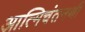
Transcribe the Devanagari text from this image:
आत्मिचंतनथी